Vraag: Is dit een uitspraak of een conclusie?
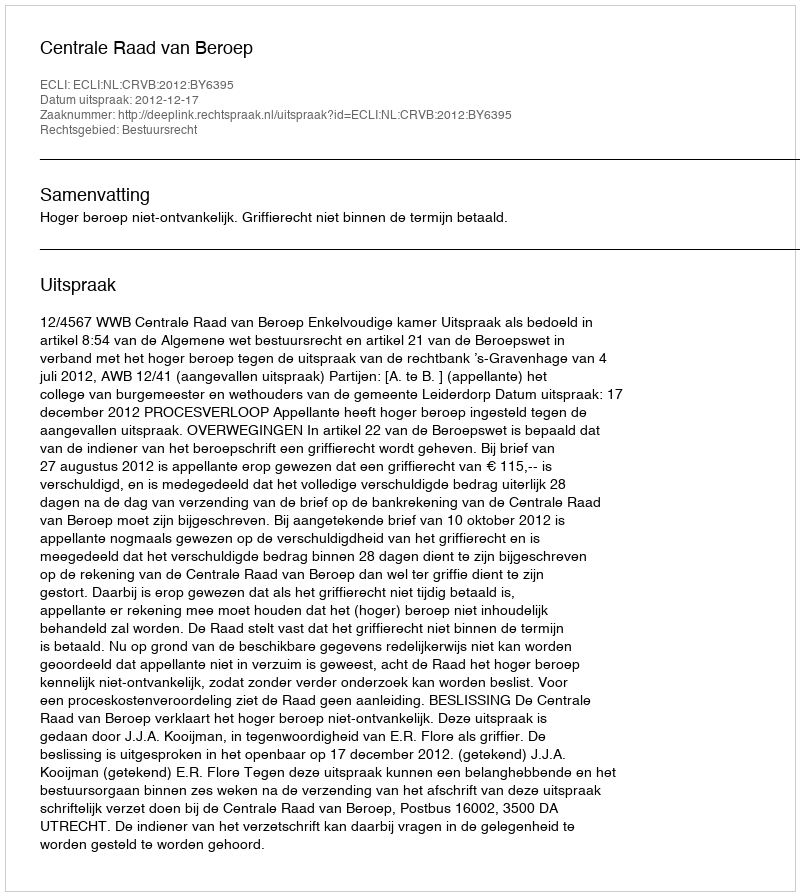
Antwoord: Uitspraak